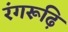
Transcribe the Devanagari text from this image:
रंगरूढ़ि